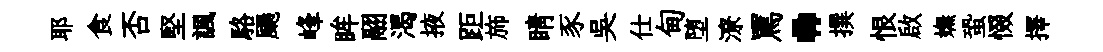
耶食否堅諷駱颺峰眸翮渴掖距斾睛豕吴仕甸堕潦罵·撰恨啟嫵蛩惙擇